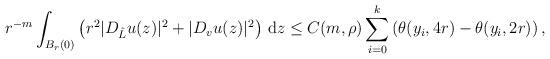
LaTeX: \begin{align*}r^{-m} \int_{B_{r}(0)} \left( r^{2} |D_{\hat{L}}u(z)|^{2} + |D_{v}u(z)|^{2} \right) \, \mathrm{d}z \leq C(m,\rho) \sum_{i=0}^{k} \left( \theta(y_{i}, 4r) - \theta(y_{i},2r) \right),\end{align*}